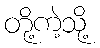
တို့ကဲ့သို့